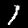
Label: 1